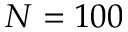
N = 1 0 0